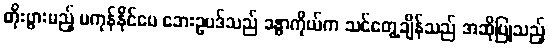
တိုးပွားမည့် မကုန်နိုင်ပေ ဘေးဥပဒ်သည် ခန္ဓာကိုယ်က သင်တွေ့ချိန်သည် အဆိုပြုသည့်